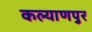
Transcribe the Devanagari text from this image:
कल्‍याणपुर